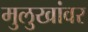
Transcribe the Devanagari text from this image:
मुलुखांवर